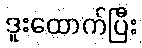
ဒူးထောက်ပြီး